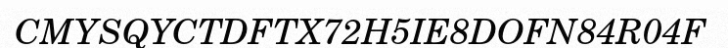
CMYSQYCTDFTX72H5IE8DOFN84R04F